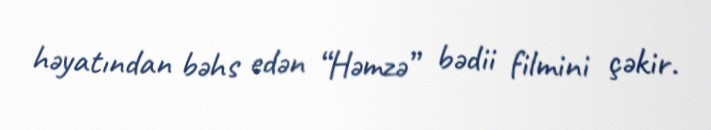
həyatından bəhs edən “Həmzə” bədii filmini çəkir.